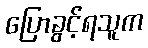
ပြောခွင့်ရသူက